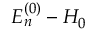
E _ { n } ^ { ( 0 ) } - H _ { 0 }